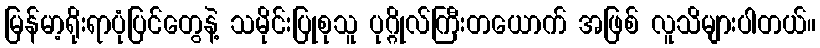
မြန်မာ့ရိုးရာပုံပြင်တွေနဲ့ သမိုင်းပြုစုသူ ပုဂ္ဂိုလ်ကြီးတယောက် အဖြစ် လူသိများပါတယ်။